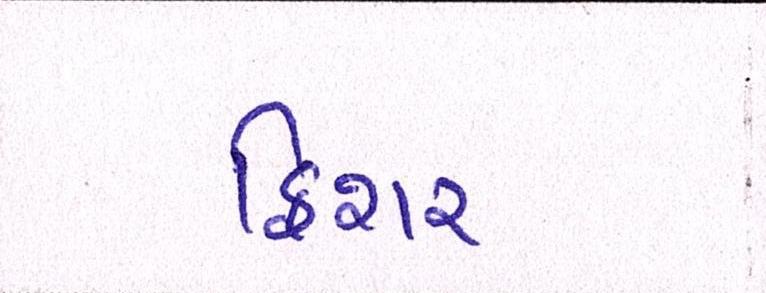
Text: ફિશર